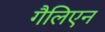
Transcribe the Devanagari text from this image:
गैलिएन